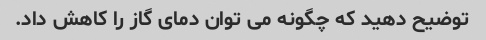
توضیح دهید که چگونه می توان دمای گاز را کاهش داد.